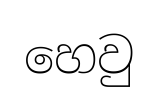
හෙවු